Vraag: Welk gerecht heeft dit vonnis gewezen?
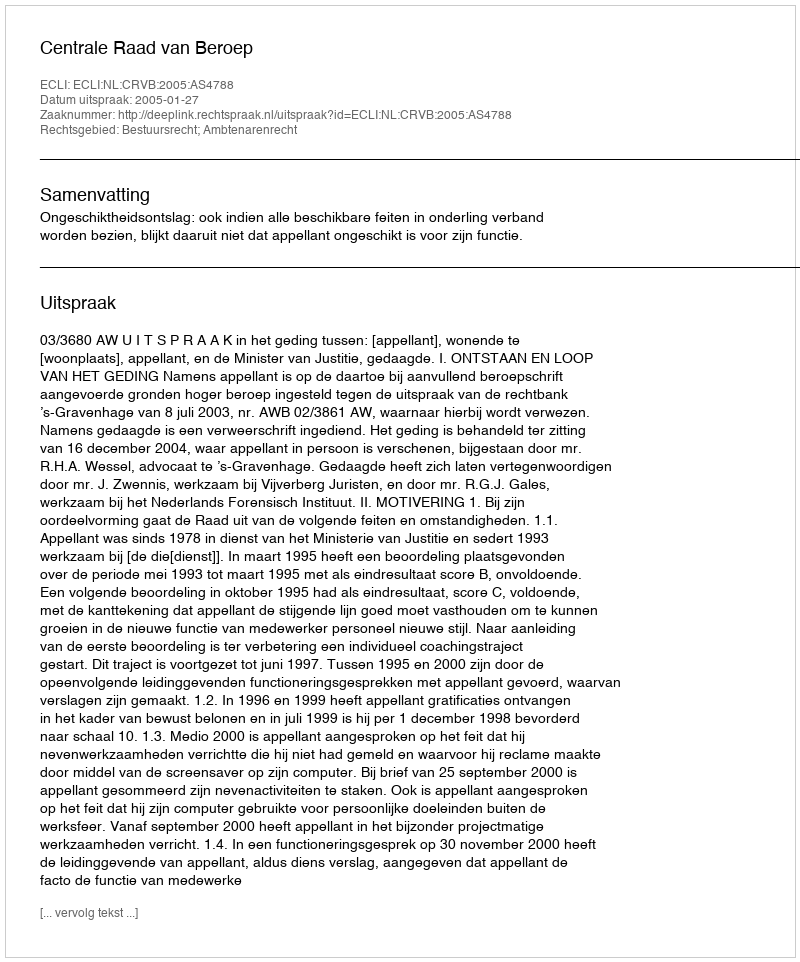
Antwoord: Centrale Raad van Beroep